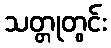
သတ္တုတွင်း